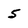
Character: 5